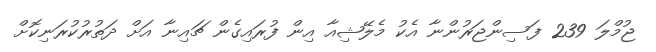
ޖުމްލަ 239 ފަސިންޖަރުންނާާ އެކު މެލޭޝިއާ އިން ފުރައިގެން ޗައިނާ އަށް ދަތުރުކުރަނިކޮށް